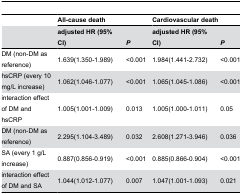
<table><thead><tr><td></td><td colspan="2"><b>All-cause death</b></td><td colspan="2"><b>Cardiovascular death</b></td></tr><tr><td></td><td><b>adjusted HR (95% CI)</b></td><td><b><i>P</i> </b></td><td><b>adjusted HR (95% CI)</b></td><td><b><i>P</i></b></td></tr></thead><tbody><tr><td>DM (non-DM as reference)</td><td>1.639(1.350-1.989)</td><td>&lt;0.001</td><td>1.984(1.441-2.732)</td><td>&lt;0.001</td></tr><tr><td>hsCRP (every 10 mg/L increase)</td><td>1.062(1.046-1.077)</td><td>&lt;0.001</td><td>1.065(1.045-1.086)</td><td>&lt;0.001</td></tr><tr><td>interaction effect of DM and hsCRP</td><td>1.005(1.001-1.009)</td><td>0.013</td><td>1.005(1.000-1.011)</td><td>0.05</td></tr><tr><td>DM (non-DM as reference)</td><td>2.295(1.104-3.489)</td><td>0.032</td><td>2.608(1.271-3.946)</td><td>0.036</td></tr><tr><td>SA (every 1 g/L increase)</td><td>0.887(0.856-0.919)</td><td>&lt;0.001</td><td>0.885(0.866-0.904)</td><td>&lt;0.001</td></tr><tr><td>interaction effect of DM and SA</td><td>1.044(1.012-1.077)</td><td>0.007</td><td>1.047(1.001-1.093)</td><td>0.021</td></tr></tbody></table>